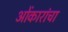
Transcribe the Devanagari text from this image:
ओंकारांचा